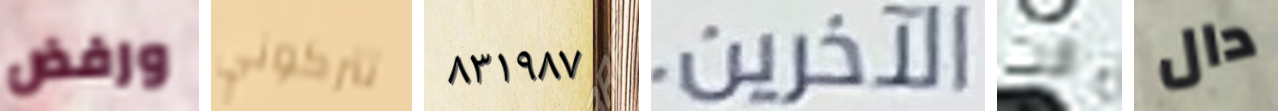
ورفض تتركوني ٨٣١٩٨٧ الآخرين. انت دال